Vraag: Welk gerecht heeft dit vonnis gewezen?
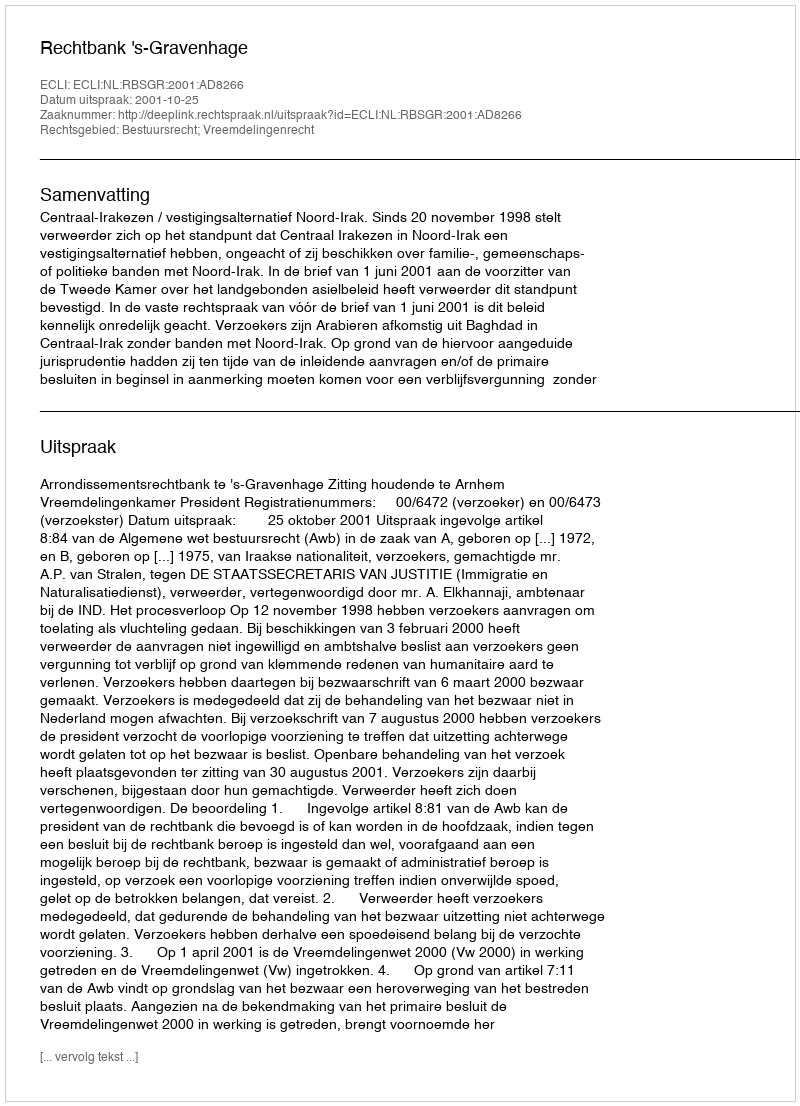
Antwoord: Rechtbank 's-Gravenhage